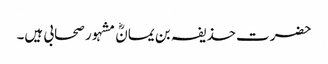
حضرت حذیفہ بن یمانؓ مشہور صحابی ہیں۔